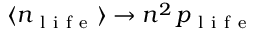
\langle n _ { \mathrm { ~ l ~ i ~ f ~ e ~ } } \rangle \rightarrow n ^ { 2 } \, p _ { \mathrm { ~ l ~ i ~ f ~ e ~ } }